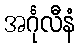
အင်္ဂုလီနံ